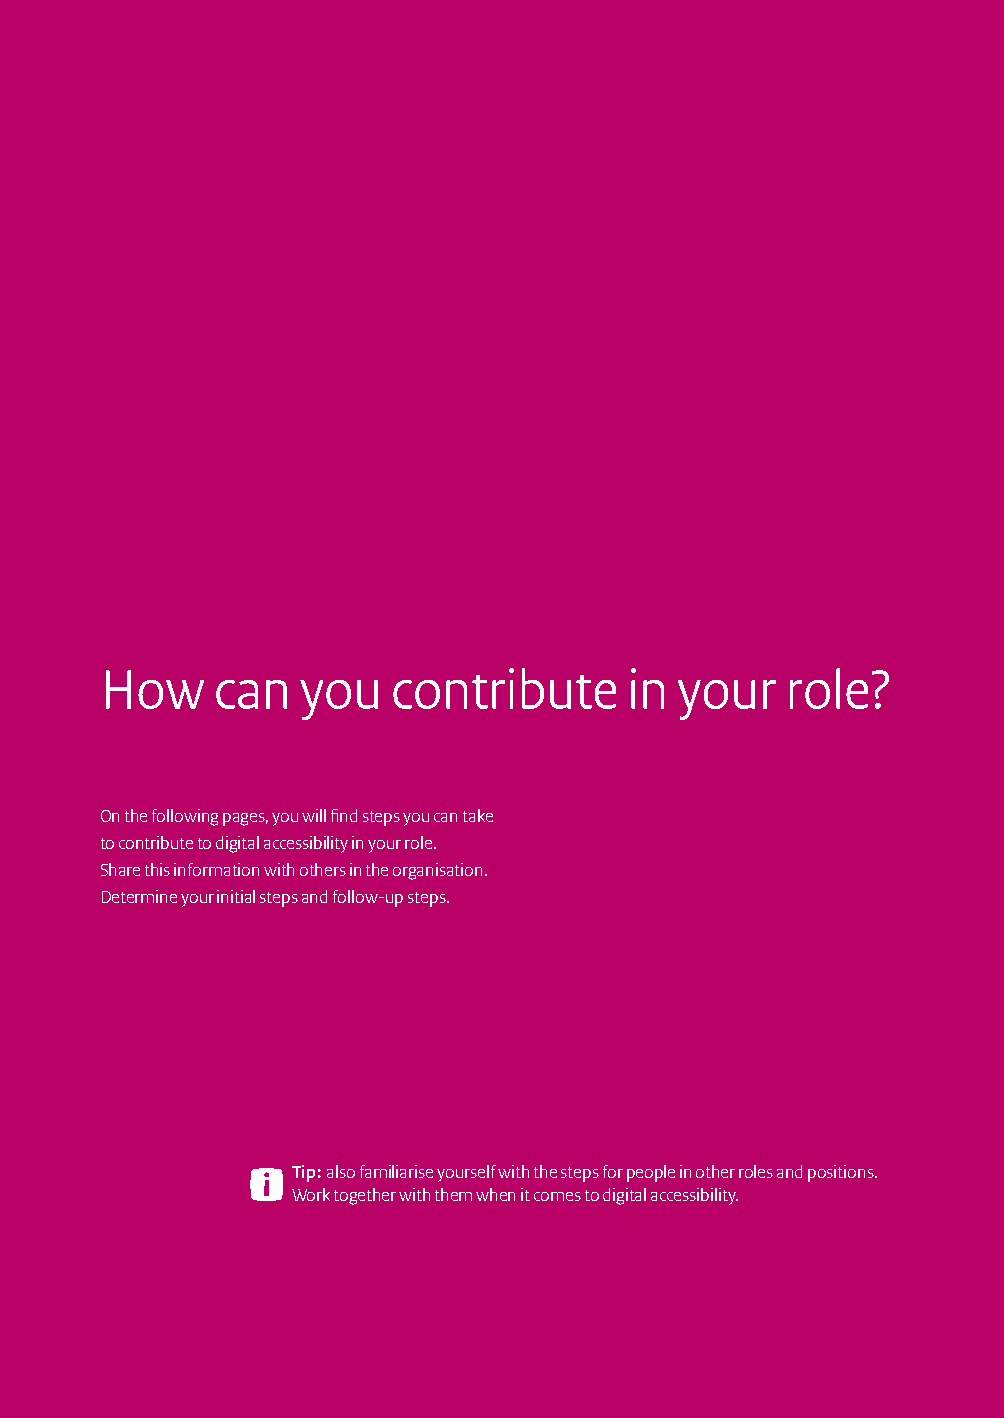
How    can   you   contribute      in your   role?
 On the following pages, you will find steps you can take
 to contribute to digital accessibility in your role.
 Share this information with others in the organisation.
 Determine your initial steps and follow-up steps.
 Tip: also familiarise yourself with the steps for people in other roles and positions.
 Work together with them when it comes to digital accessibility.
 16 | Web accessibility in your organisation: roles and responsibilities